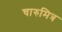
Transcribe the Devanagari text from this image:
चारुमित्र